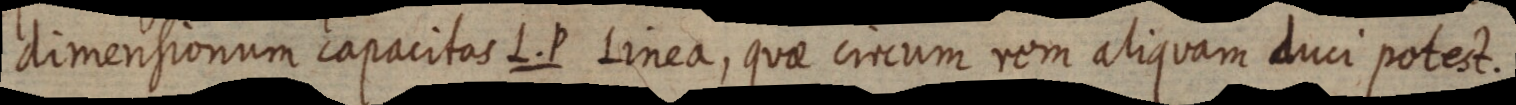
dimensionum capacitas L. P linea, quae circum rem aliquam duci potest.